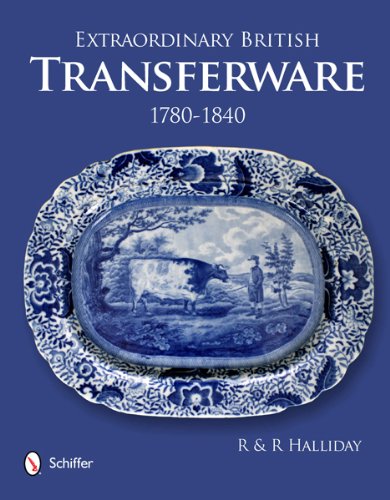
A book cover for Extraordinary British Transferware: 1780-1840; Rosemary Halliday; Crafts, Hobbies & Home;